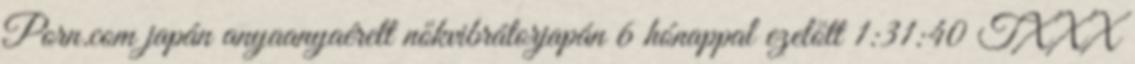
Porn.com japán anyaanyaérett nőkvibrátorjapán 6 hónappal ezelőtt 1:31:40 TXXX